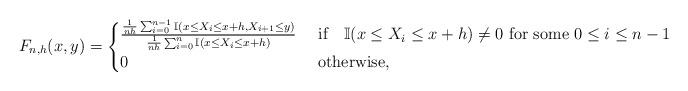
LaTeX: \begin{align*}F_{n,h}(x,y)=\begin{cases}\frac{\frac{1}{nh}\sum_{i=0}^{n-1}\mathbb I(x\leq X_i \leq x+h, X_{i+1}\leq y)}{\frac{1}{nh}\sum_{i=0}^n \mathbb I(x\leq X_i\leq x+h)} & \mbox{ if } \ \ \mathbb I(x\leq X_i\leq x+h)\neq 0 \mbox{ for some }0\leq i \leq n-1\\0 & \mbox{ otherwise,}\end{cases}\end{align*}